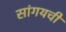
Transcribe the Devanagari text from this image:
सांगयची